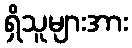
ရှိသူများအား